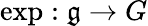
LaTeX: \exp:{\mathfrak{g}}\to G